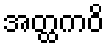
အတ္ထကဝိ